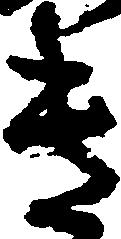
き